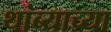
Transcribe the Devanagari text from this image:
थांब्याच्या